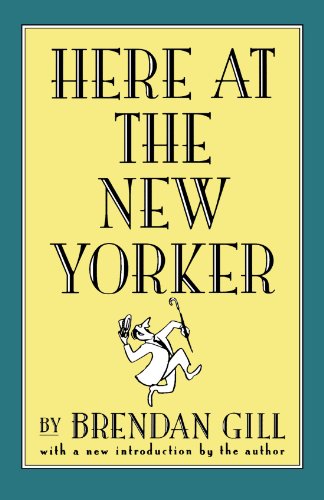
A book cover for Here At The New Yorker; Brendan Gill; Reference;